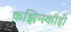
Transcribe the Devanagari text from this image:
कझिन्स्कीही